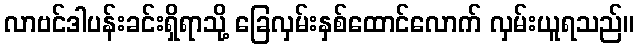
လာဗင်ဒါပန်းခင်းရှိရာသို့ ခြေလှမ်းနှစ်ထောင်လောက် လှမ်းယူရသည်။